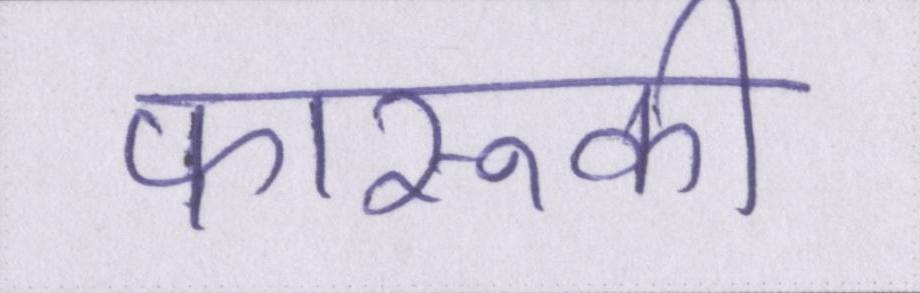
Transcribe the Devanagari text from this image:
फारूकी